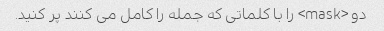
دو <mask> را با کلماتی که جمله را کامل می کنند پر کنید.